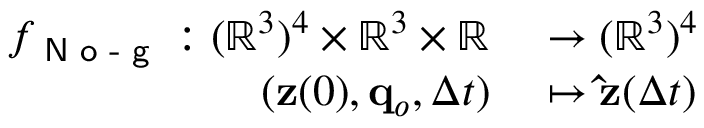
\begin{array} { r l } { f _ { \textsf { N o - g } } : ( \mathbb R ^ { 3 } ) ^ { 4 } \times \mathbb { R } ^ { 3 } \times \mathbb R } & { { } \to ( \mathbb R ^ { 3 } ) ^ { 4 } } \\ { ( \mathbf { z } ( 0 ) , \mathbf { q } _ { o } , \Delta t ) } & { { } \mapsto \mathbf { \hat { z } } ( \Delta t ) } \end{array}